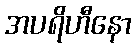
အပရိဟီနော